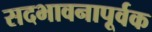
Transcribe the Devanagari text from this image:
सदभावनापूर्वक